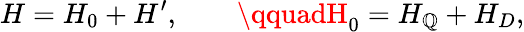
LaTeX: H=H_{0}+H^{\prime},\qquad\qquadH_{0}=H_{\mathbb{Q}}+H_{D},